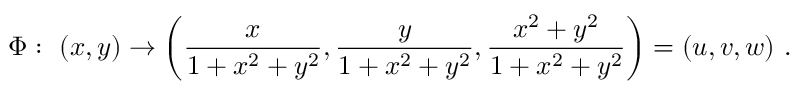
\Phi : \ ( x , y ) \rightarrow \left( { \frac { x } { 1 + x ^ { 2 } + y ^ { 2 } } } , { \frac { y } { 1 + x ^ { 2 } + y ^ { 2 } } } , { \frac { x ^ { 2 } + y ^ { 2 } } { 1 + x ^ { 2 } + y ^ { 2 } } } \right) = ( u , v , w ) \ .